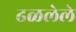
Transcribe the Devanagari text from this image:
ढळलेले